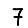
Digit: 7